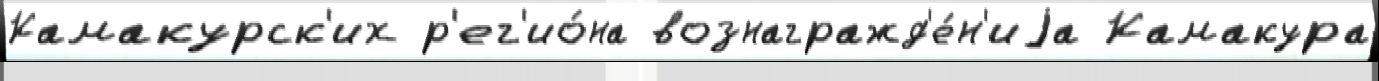
Камакурск'их р'ег'ио́на вознагражд'е́н'иjа Камакура